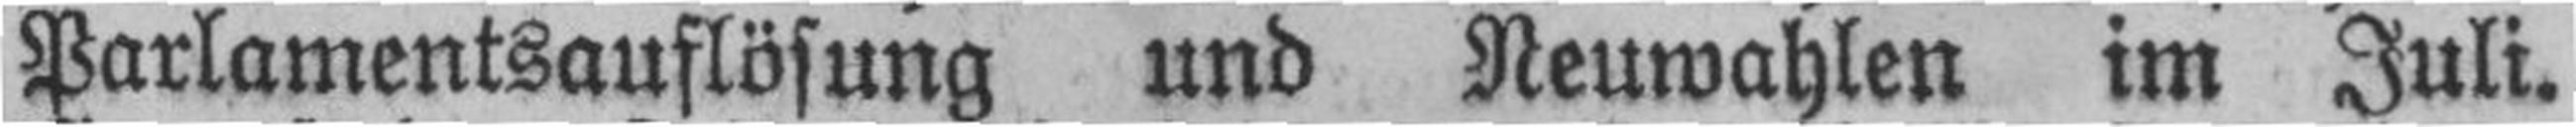
Parlamentsauflösung und Neuwahlen im Juli.